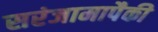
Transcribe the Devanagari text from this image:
सरंजामापैकी